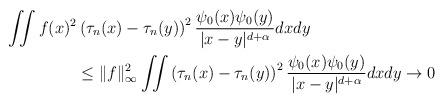
LaTeX: \begin{align*}\begin{aligned}\iint f(x)^2&\left(\tau_n(x)-\tau_n(y)\right)^2\frac{\psi_0(x)\psi_0(y)}{|x-y|^{d+\alpha}}dxdy \\&\leq \|f\|_\infty^2\iint \left(\tau_n(x)-\tau_n(y)\right)^2\frac{\psi_0(x)\psi_0(y)}{|x-y|^{d+\alpha}}dxdy \rightarrow 0\end{aligned}\end{align*}